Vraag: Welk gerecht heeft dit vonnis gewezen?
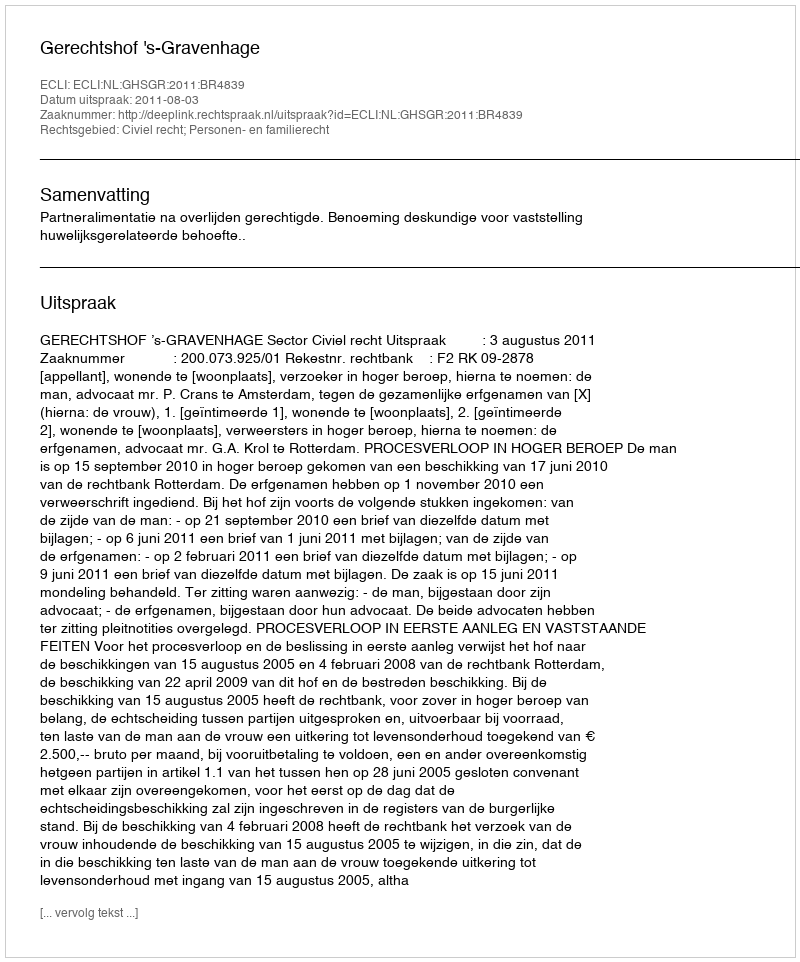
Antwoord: Gerechtshof 's-Gravenhage